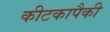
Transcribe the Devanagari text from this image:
कीटकापैकी